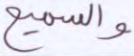
والسميع